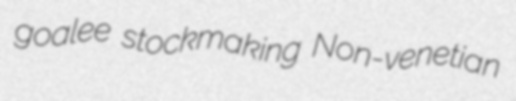
goalee stockmaking Non-venetian